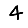
Digit: 4